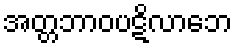
အတ္တဘာဝပဋိလာဘေ